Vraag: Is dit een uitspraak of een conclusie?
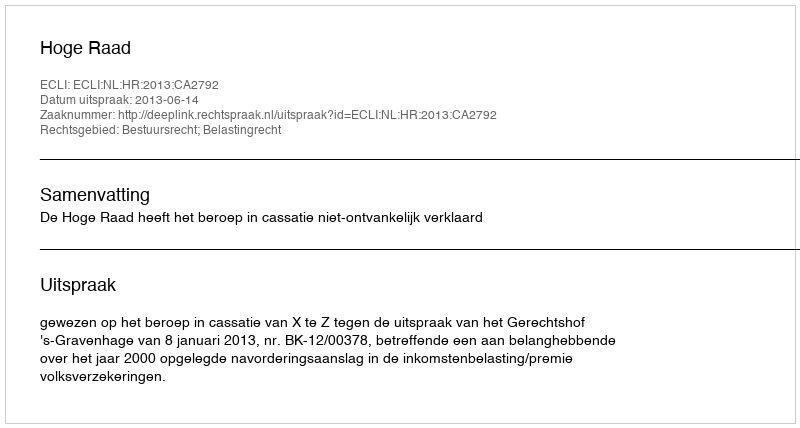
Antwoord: Uitspraak